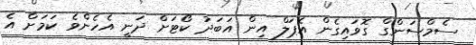
ސެމްސަންގް ގޮވައިގެން އެޕަލް އިން އަބަދު ކޯޓަށް ދަނީ އެހެންވެ ކަމަށް އެ